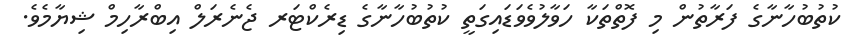
ކުތުބުހާނާގެ ފަރާތުން މި ފޮތްތަކާ ހަވާލުވެވަޑައިގަތީ ކުތުބުހާނާގެ ޑިރެކްޓަރ ޖެނެރަލް އިބްރާހިމް ޝިޔާމެވެ.